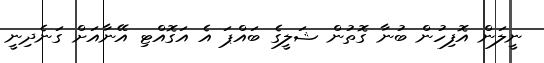
ނީލަން އޮފިހުން ބުނާ ގޮތުން ޝަލީގެ ބައްޕަ އެ އަގޮއްޓި އޭނާއަށް ގަނެދިނީ